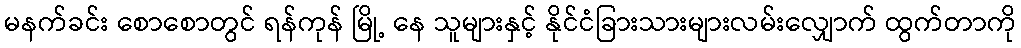
မနက်ခင်း စောစောတွင် ရန်ကုန် မြို့ နေ သူများနှင့် နိုင်ငံခြားသားများလမ်းလျှောက် ထွက်တာကို